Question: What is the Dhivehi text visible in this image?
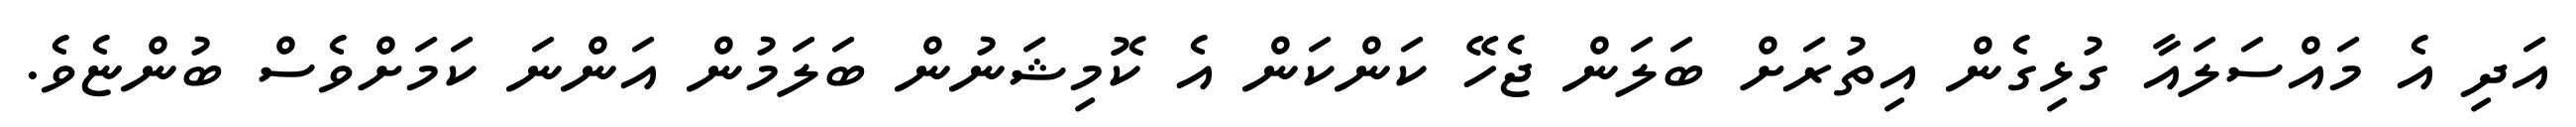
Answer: އަދި އެ މައްސަލައާ ގުޅިގެން އިތުރަށް ބަލަން ޖެހޭ ކަންކަން އެ ކޮމިޝަނުން ބަލަމުން އަންނަ ކަމަށްވެސް ބުންޏެވެ.